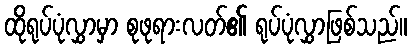
ထိုရုပ်ပုံလွှာမှာ စုဖုရားလတ်၏ ရုပ်ပုံလွှာဖြစ်သည်။